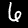
Digit: 6